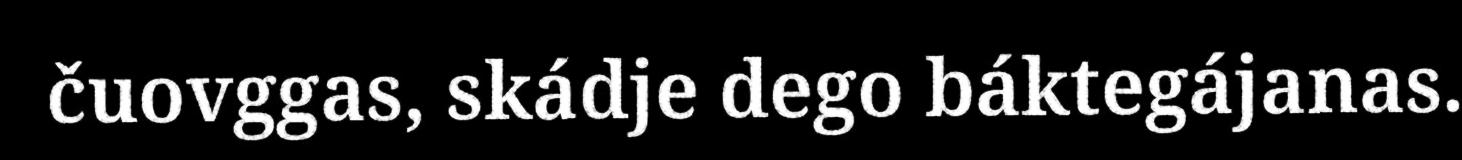
čuovggas, skádje dego báktegájanas.